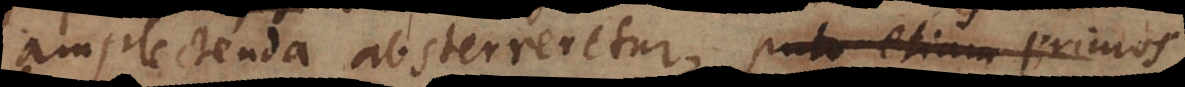
amplectenda absterreretur, puto etiam primos